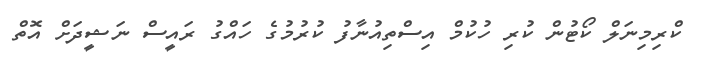
ކްރިމިނަލް ކޯޓުން ކުރި ހުކުމް އިސްތިއުނާފު ކުރުމުގެ ހައްގު ރައީސް ނަޝީދަށް އޮތް